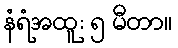
နံရံအထူ: ၅ မီတာ။